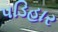
પડિહાર